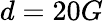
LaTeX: d=20G